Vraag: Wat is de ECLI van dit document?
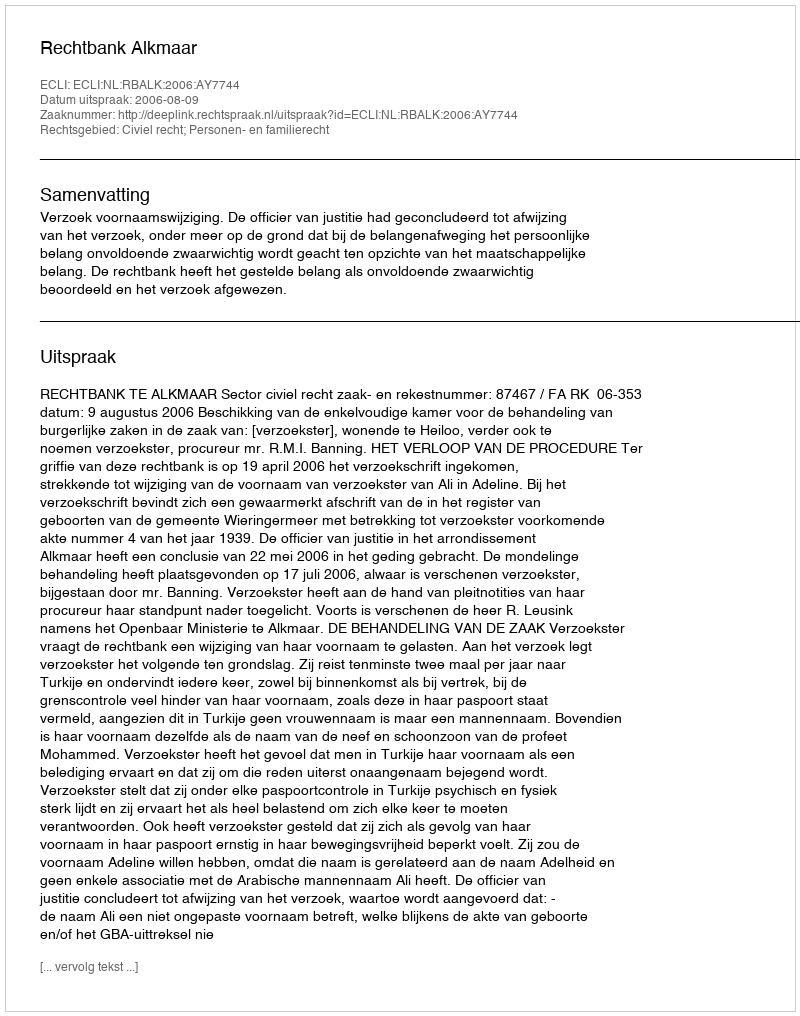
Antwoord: ECLI:NL:RBALK:2006:AY7744